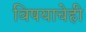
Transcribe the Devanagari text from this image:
विषयाचेही